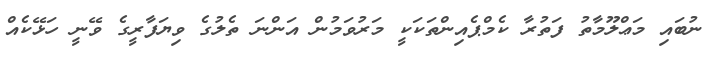
ނުބައި މަޢްލޫމާތު ފަތުރާ ކެމްޕެއިންތަކަކީ މަރުވަމުން އަންނަ ތެލުގެ ވިޔަފާރީގެ ވޭނީ ހަޅޭކެއް